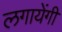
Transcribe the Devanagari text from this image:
लगायेंगी